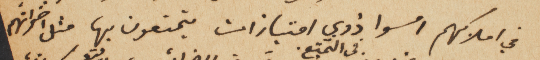
في املاكهم امسوا ذوي امتيازات يتمتعون بها مثل اخوانهم